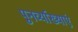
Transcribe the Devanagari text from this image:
पुनर्व्याख्याएं